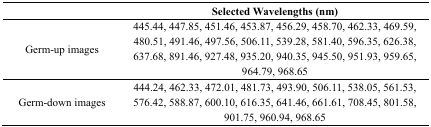
|  | Selected Wavelengths (nm) |
 | --- | --- |
 | Germ-up images | 445.44, 447.85, 451.46, 453.87, 456.29, 458.70, 462.33, 469.59, 480.51, 491.46, 497.56, 506.11, 539.28, 581.40, 596.35, 626.38, 637.68, 891.46, 927.48, 935.20, 940.35, 945.50, 951.93, 959.65, 964.79, 968.65 |
 | Germ-down images | 444.24, 462.33, 472.01, 481.73, 493.90, 506.11, 538.05, 561.53, 576.42, 588.87, 600.10, 616.35, 641.46, 661.61, 708.45, 801.58, 901.75, 960.94, 968.65 |